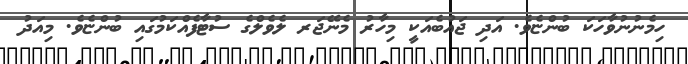
ހިމެނުނުވާހަކަ ބުންޏެވެ. އަދި ޖައުބެއަކީ މިހާރު މެނޭޖަރ ލެވެލްގެ ސުޓާފެއްކަމުގައި ބުންޏެވެ. މިއަދު